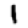
Digit: 1